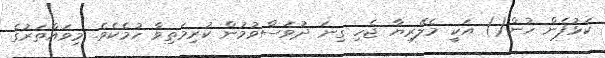
ކަޅުފެން ހުން() އަކީ މެލޭރިޔާ ޖެހި ގިނަ ދުވަސްވުމުން ކުރިމަތިވާ ހުމެކެވެ. މިވައްތަރުގެ